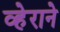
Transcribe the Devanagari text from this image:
व्हेराने